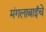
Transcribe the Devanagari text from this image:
मंगलाबाईंचे